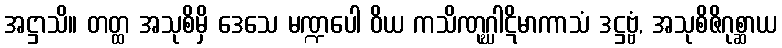
အဋ္ဌာသိ။ တတ္ထ အသုစိမှိ ဒေသေ မဏ္ဍပေါ ဝိယ ကသိဏုဂ္ဃါဋိမာကာသံ ဒဋ္ဌဗ္ဗံ, အသုစိဇိဂုစ္ဆာယ